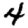
Digit: 4